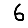
Digit: 6